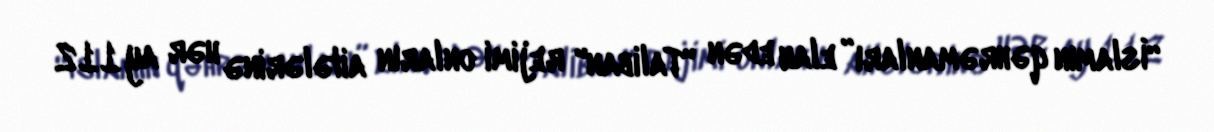
“İslamın qəhrəmanları” elan edən "Taliban" rejimi onların ailələrinə hər ay 112